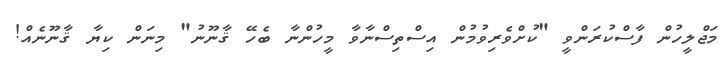
މަޖްލީހުން ފާސްކުރަންވީ "ކުށްވެރިވުމުން އިސްތިސްނާވާ މީހުންނާ ބެހޭ ޤާނޫނު" މިނަން ކިޔާ ޤާނޫނެއް!